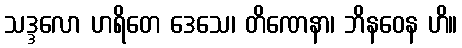
သဒ္ဒလော ဟရိတေ ဒေသေ၊ တိဏေနာ၊ ဘိနဝေန ဟိ။